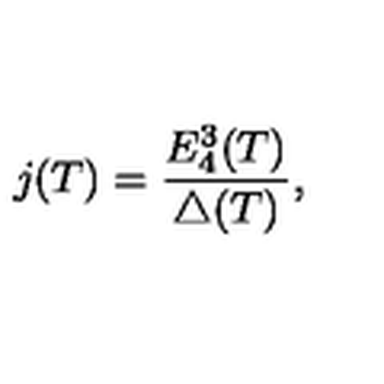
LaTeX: j ( T ) = \frac { E _ { 4 } ^ { 3 } ( T ) } { \triangle ( T ) } ,